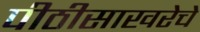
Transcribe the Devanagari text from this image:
पीठीसाखरेचे